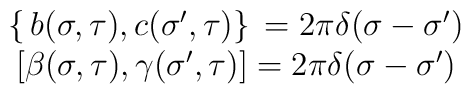
\begin{array}{cc}\left\{ \,b(\sigma ,\tau ),c({\sigma }^{\prime },\tau )\right\} \,=2\pi\delta (\sigma -{\sigma }^{\prime }) &  \\ \left[ \beta (\sigma ,\tau ),\gamma ({\sigma }^{\prime },\tau )\right] =2\pi\delta (\sigma -{\sigma }^{\prime }) & \end{array}